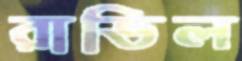
রাভিল